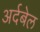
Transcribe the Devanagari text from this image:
अर्दबेल